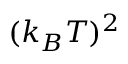
( k _ { B } T ) ^ { 2 }